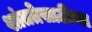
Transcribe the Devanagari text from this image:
शांततेसाठीचा